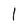
Character: l